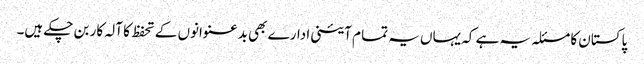
پاکستان کا مسئلہ یہ ہے کہ یہاں یہ تما م آئینی ادارے بھی بدعنوانوں کے تحفظ کا آلہ کار بن چکے ہیں۔